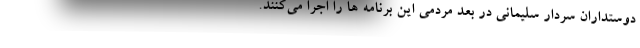
دوستداران سردار سلیمانی در بُعد مردمی این برنامه ها را اجرا می‌کنند.